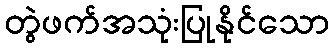
တွဲဖက်အသုံးပြုနိုင်သော